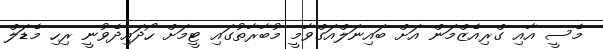
މެސީ އާއި ގްރިއެޒްމަން އަށް ބައިނަލްއަގްވާމީ މުބާރާތުގައި ޓީމަށް ހޯދައިދެވުނީ ރިހި މެޑަލް